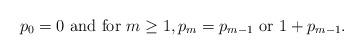
LaTeX: \begin{align*}p_{0}=0\textup{ and for }m\geq1, p_{m}=p_{m-1}\textup{ or } 1+p_{m-1}. \end{align*}